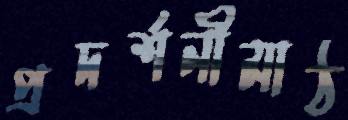
প্রদর্শনীমাঠ